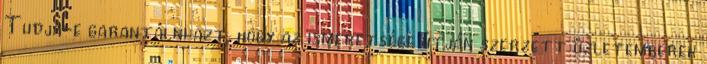
Tudja-e garantálni azt, hogy az ismeretsége útján szerzett üzletemberek